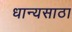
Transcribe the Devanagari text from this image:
धान्यसाठा